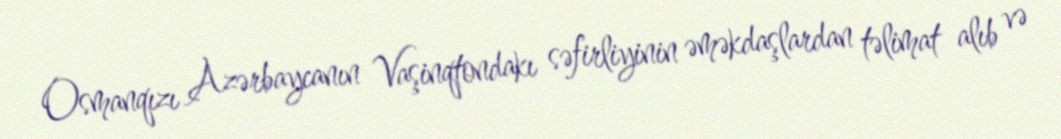
Osmanqızı Azərbaycanın Vaşinqtondakı səfirliyinin əməkdaşlardan təlimat alıb və